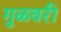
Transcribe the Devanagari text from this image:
गुळवरी